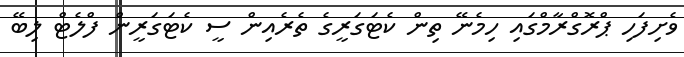
ވެށިފަހި ޕްރޮގްރާމްގައި ހިމެނޭ ތިން ކެޓަގަރީގެ ތެރެއިން ސީ ކެޓަގަރީން ފްލެޓް ލިބޭ